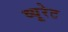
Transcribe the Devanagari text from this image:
व्यूरेट